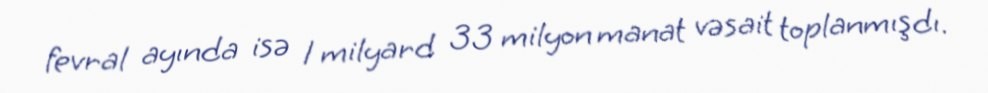
fevral ayında isə 1 milyard 33 milyon manat vəsait toplanmışdı.